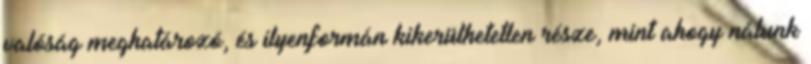
valóság meghatározó, és ilyenformán kikerülhetetlen része, mint ahogy nálunk